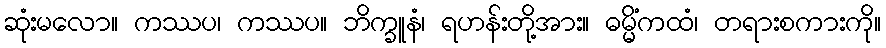
ဆုံးမလော။ ကဿပ၊ ကဿပ။ ဘိက္ခူနံ၊ ရဟန်းတို့အား။ ဓမ္မိံကထံ၊ တရားစကားကို။